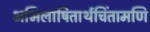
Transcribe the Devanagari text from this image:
अभिलाषितार्थचिंतामणि